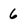
Character: 6